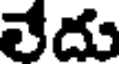
లేదు